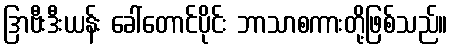
ဒြာဗီးဒီးယန်း ခေါ်တောင်ပိုင်း ဘာသာစကားတို့ဖြစ်သည်။